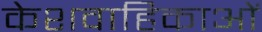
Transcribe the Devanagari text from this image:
केशवाहिकाओं